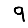
Digit: 9